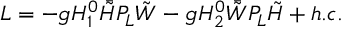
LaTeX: { \cal L } = - g H _ { 1 } ^ { 0 } \bar { \tilde { H } } P _ { L } \tilde { W } - g H _ { 2 } ^ { 0 } \bar { \tilde { W } } P _ { L } \tilde { H } + h . c .